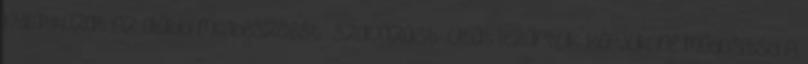
nyilatkozat Az alábbi megbeszélést szavazást vitát lezártuk. Kérjük, ne módosítsd A